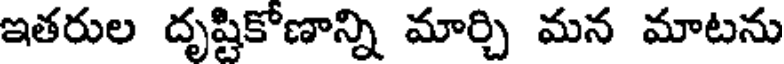
ఇతరుల దృష్టికోణాన్ని మార్చి మన మాటను